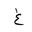
Letter: _gayn